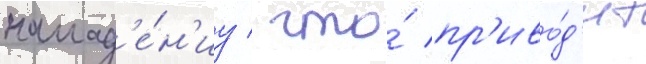
напад'е́н'иу / что́ пр'иво́д'ит